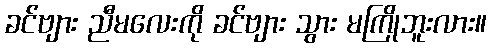
ခင်ဗျား ညီမလေးကို ခင်ဗျား သွား မကြိုဘူးလား။